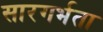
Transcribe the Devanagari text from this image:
सारगर्भता